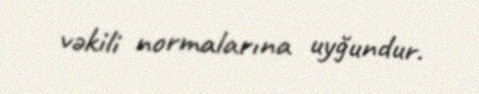
vəkili normalarına uyğundur.